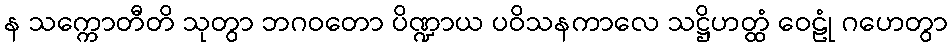
န သက္ကောတီတိ သုတွာ ဘဂဝတော ပိဏ္ဍာယ ပဝိသနကာလေ သဋ္ဌိဟတ္ထံ ဝေဠုံ ဂဟေတွာ